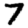
Digit: 7